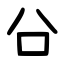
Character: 㕣